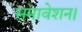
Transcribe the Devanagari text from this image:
समावेशन।